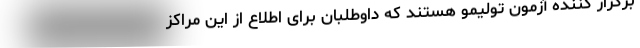
برگزار کننده آزمون تولیمو هستند که داوطلبان برای اطلاع از این مراکز